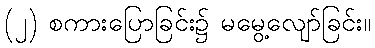
(၂) စကားပြောခြင်း၌ မမွေ့လျော်ခြင်း။